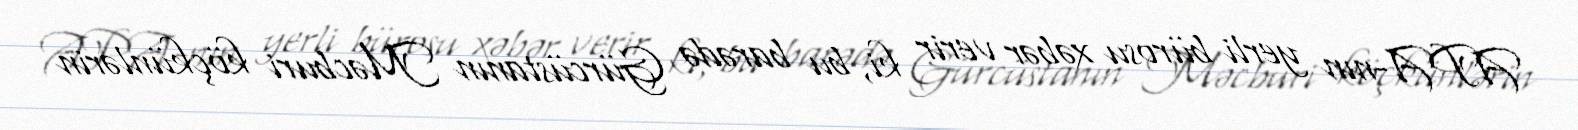
APA-nın yerli bürosu xəbər verir ki, bu barədə Gürcüstanın Məcburi köçkünlərin